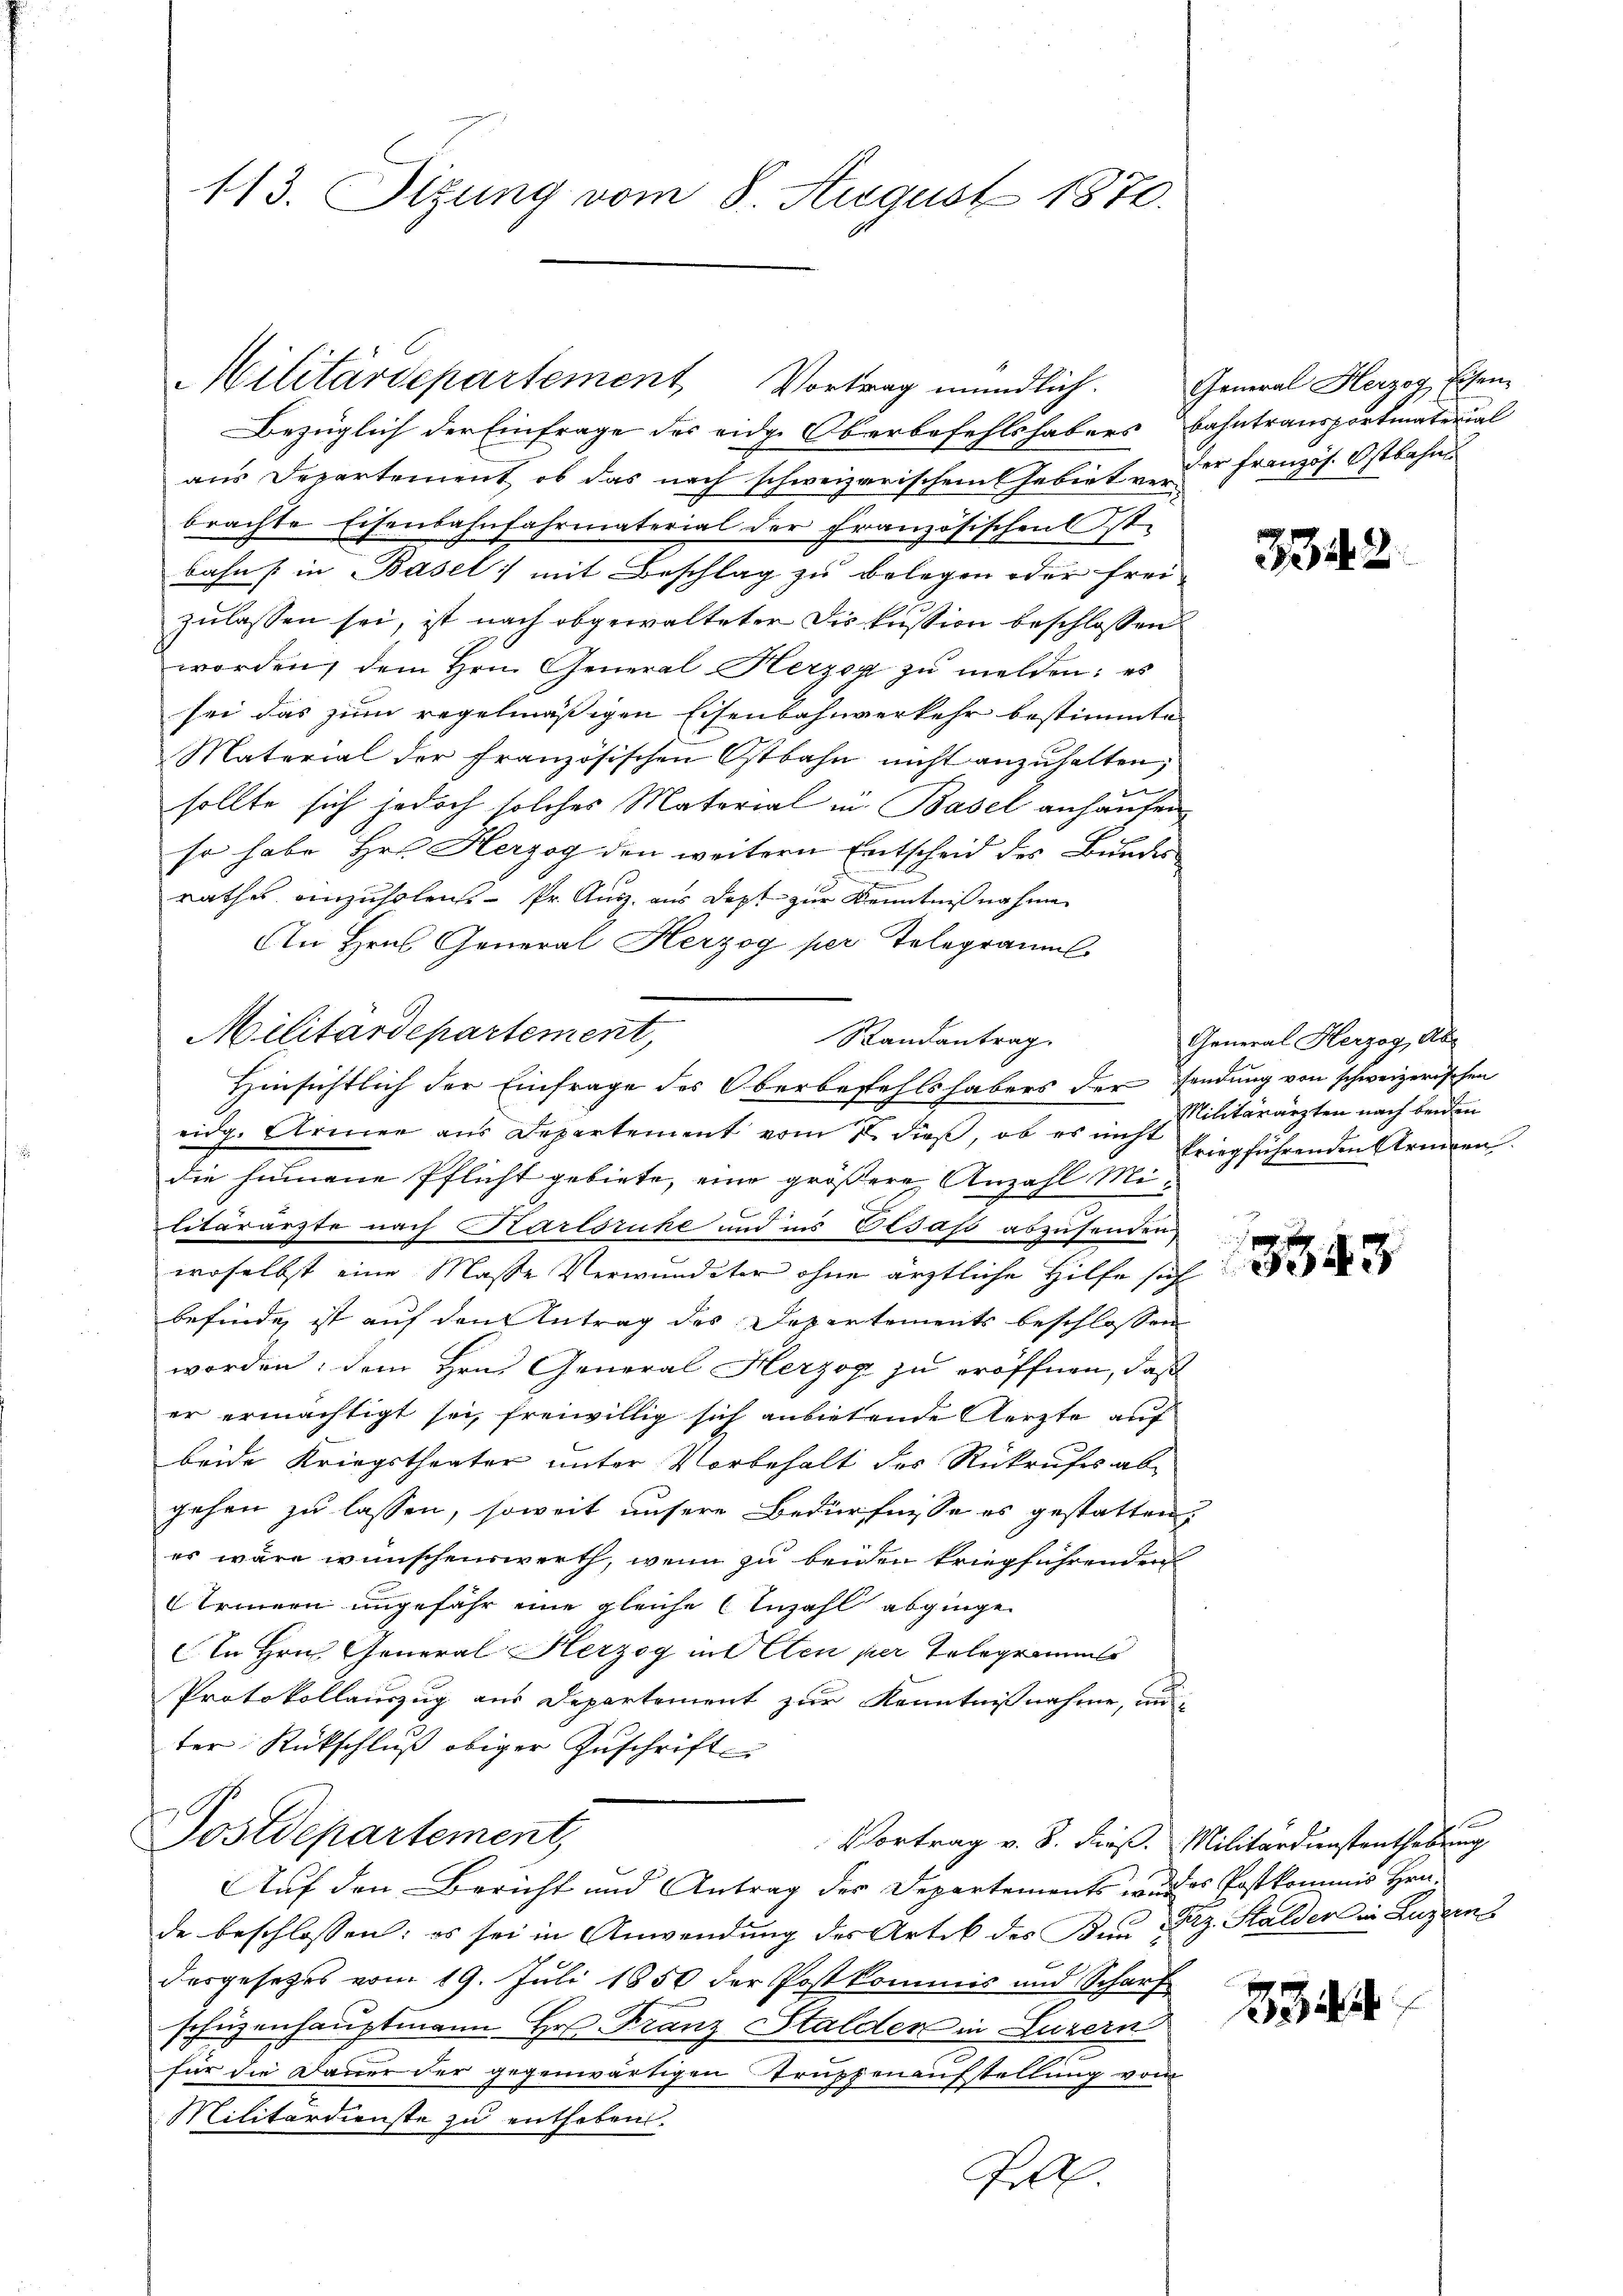
113. Sitzung vom 8. August 1870.

Bezüglich der Einfrage des eidge Oberbefehlshabers Bahntransportmaterial
aus Departement, ob das nach schweizerischem Gebiet vor er französ. Ostbahn
brachte Eisenbahnfahrmaterial der Französischen Ist
bahn in Basel; mit Beschlag zu belegen oder frei-
zŭlassen sei, ist nach abgewalteter Diskussion beschlossen
worden, dem Hrn. General Herzog zŭ melden: es
sei das zum regelmäßigen Eisenbahnverkehr bestimmte
Material der französischen Ostbahn nicht anzuhalten,
sollte sich jedoch solches Material in Basel anhaufen
so habe Hr. Herzog den weitern Entscheid des Bunden
rathes anzuholens- Pr. Aug. aus Dept zur Kenntnißnahme
An Hrn. General Herzog per Telegramms
Militärdepartement,
Randantrag.
eidg. Armen aus Departement vom 2. dieß, ob es im st. Militärärzten nach beiden
die hinnene Pflicht gebiete, eine größere Anzahl Mi-
s
litärärzte nach Karlsruhe und ins Elsass abzusenden
woselbst eine Masse Verwundeter ohne ärztliche Hilfe sich
befinde, ist auf den Antrag des Departements beschlossen
worden; dem Hrn. General Herzog zu eröffnen, daß
er ermächtigt sei, freiwillig sich anbietende Aerzte auf
beide Kriegstheater unter Vorbehalt des Rückrufes ab
gehen zu lassen, soweit unsere Bedürfnisse es gestatten.
es wäre wünschenswerth, wenn zu beiden kriegführenden
Erinnern ungefähr eine gleiche Anzahl abgingen
In Hrn. General Herzog in Elen per Telegrammts
Protokollauszug aus Departement zur Kenntnißnahme, un-
ter Rückschluß obiger Zuschrift
Postdepartement,
Vortrag v. 8. dieß. Militärdienstenthebung
Auf den Bericht und Antrag der Departements von des Postkommis Hrn.
de beschlossen: es sei in Anwendung des Artik des Ban Dez. Stalder in Luzerns
desgesetzes vom 19. Juli 1850 der Postkommis und Scharf
schüzenhauptmann Hr. Franz Stalden in Luzern
für die Dauer der gegenwärtigen Truppenaufstellung von
Militärdienste zu entheben.
Gilt.

Militärdepartement, Vortrag mündlich. General Herzog, Eisen¬

Hinsichtlich der Einfrage des Oberbefehlshabers der sendung von schweizerischen

242

General Herzog, Abtriegführenden Armeen.

3343

f

234